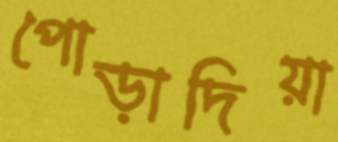
পোড়াদিয়া